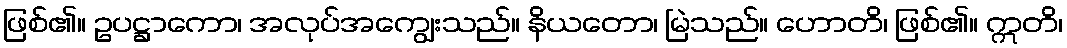
ဖြစ်၏။ ဥပဋ္ဌာကော၊ အလုပ်အကျွေးသည်။ နိယတော၊ မြဲသည်။ ဟောတိ၊ ဖြစ်၏။ ဣတိ၊